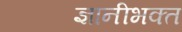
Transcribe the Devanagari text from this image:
ज्ञानीभक्त